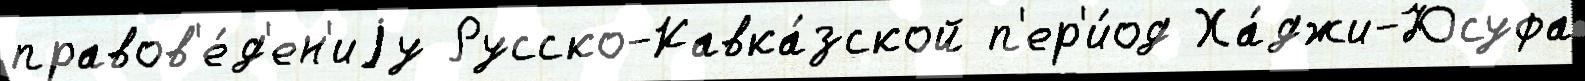
правов'е́д'ен'иjу Русско-Кавка́зской п'ер'и́од Ха́джи-Юсуфа